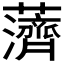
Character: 𱾿